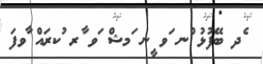
ެދ ބޭފުޅު ްނ ަވ ީނ ަމޝް ަވ ާރ ުކރައް ާވފަ